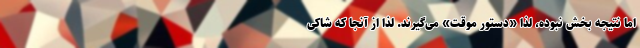
اما نتیجه بخش نبوده، لذا «دستور موقت» می‌گیرند. لذا از آنجا که شاکی